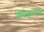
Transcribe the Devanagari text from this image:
विवेकमय